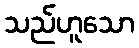
သည်ဟူသော